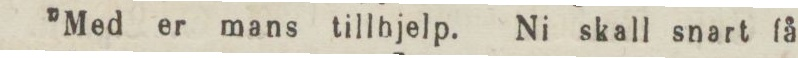
”Med er mans tillhjelp. Ni skall snart få